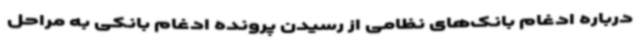
درباره ادغام بانک‌های نظامی از رسیدن پرونده ادغام بانکی به مراحل